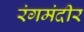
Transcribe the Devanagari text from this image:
रंगमंदीर